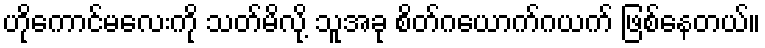
ဟိုကောင်မလေးကို သတ်မိလို့ သူအခု စိတ်ဂယောက်ဂယက် ဖြစ်နေတယ်။